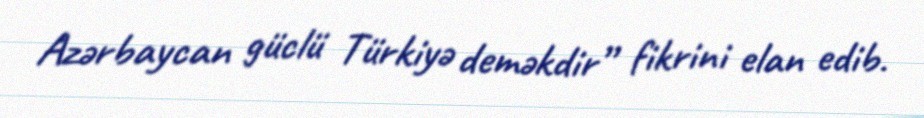
Azərbaycan güclü Türkiyə deməkdir” fikrini elan edib.